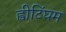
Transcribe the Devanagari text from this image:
ह्वीटिंघम